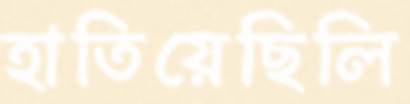
হাতিয়েছিলি